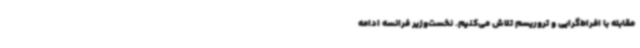
مقابله با افراط‌گرایی و تروریسم تلاش می‌کنیم. نخست‌وزیر فرانسه ادامه